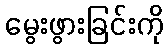
မွေးဖွားခြင်းကို